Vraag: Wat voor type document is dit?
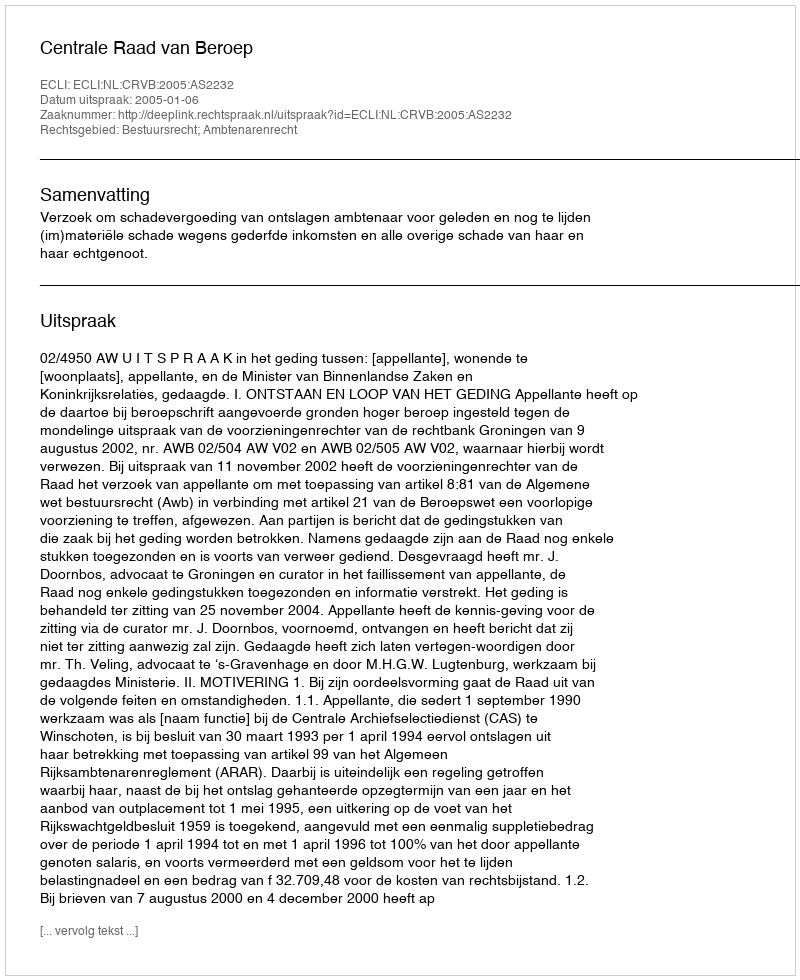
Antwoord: Uitspraak